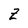
Character: Z